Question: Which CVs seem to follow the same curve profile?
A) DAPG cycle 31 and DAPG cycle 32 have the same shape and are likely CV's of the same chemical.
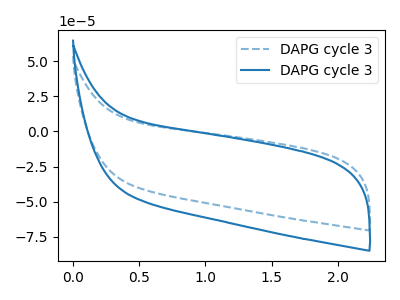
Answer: <think>The blue dashed curve "DAPG cycle 31" has no peaks. The blue curve "DAPG cycle 32" has no peaks.
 Neither "DAPG cycle 31" or "DAPG cycle 32" have any peaks.</think>
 <answer>A) "DAPG cycle 31" and "DAPG cycle 32" have the same shape and are likely CV's of the same chemical.</answer>
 <eval>A</eval>